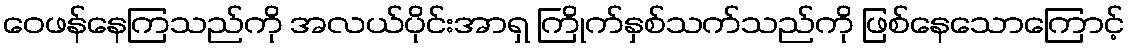
ဝေဖန်နေကြသည်ကို အလယ်ပိုင်းအာရှ ကြိုက်နှစ်သက်သည်ကို ဖြစ်နေသောကြောင့်